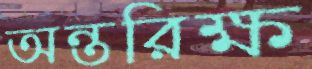
অন্তরিক্ষ